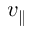
v _ { \parallel }